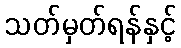
သတ်မှတ်ရန်နှင့်